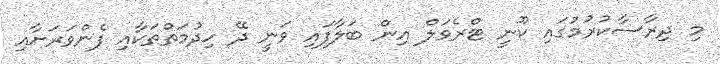
މި ދިރާސާކުރުމުގައި ކޫނީ ޓްރެވަލް އިން ބަލާފައި ވަނީ ދޭ ހިދުމަތްތަކާއި ފެންވަރަށާއި